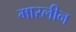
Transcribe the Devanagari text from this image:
मारलीन